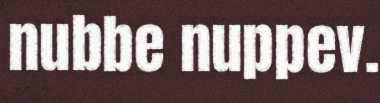
nubbe nuppev.